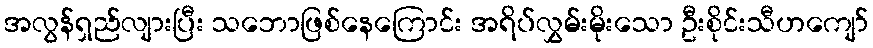
အလွန်ရှည်လျားပြီး သဘောဖြစ်နေကြောင်း အရိပ်လွှမ်းမိုးသော ဦးစိုင်းသီဟကျော်